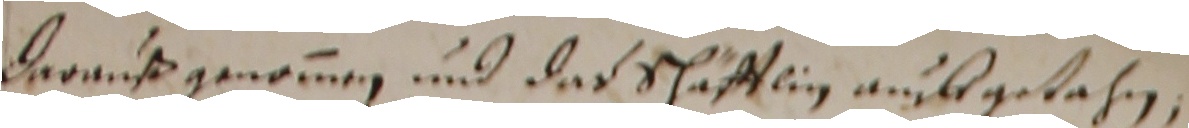
darauß genommen und das schäfftlin aubgetahn,